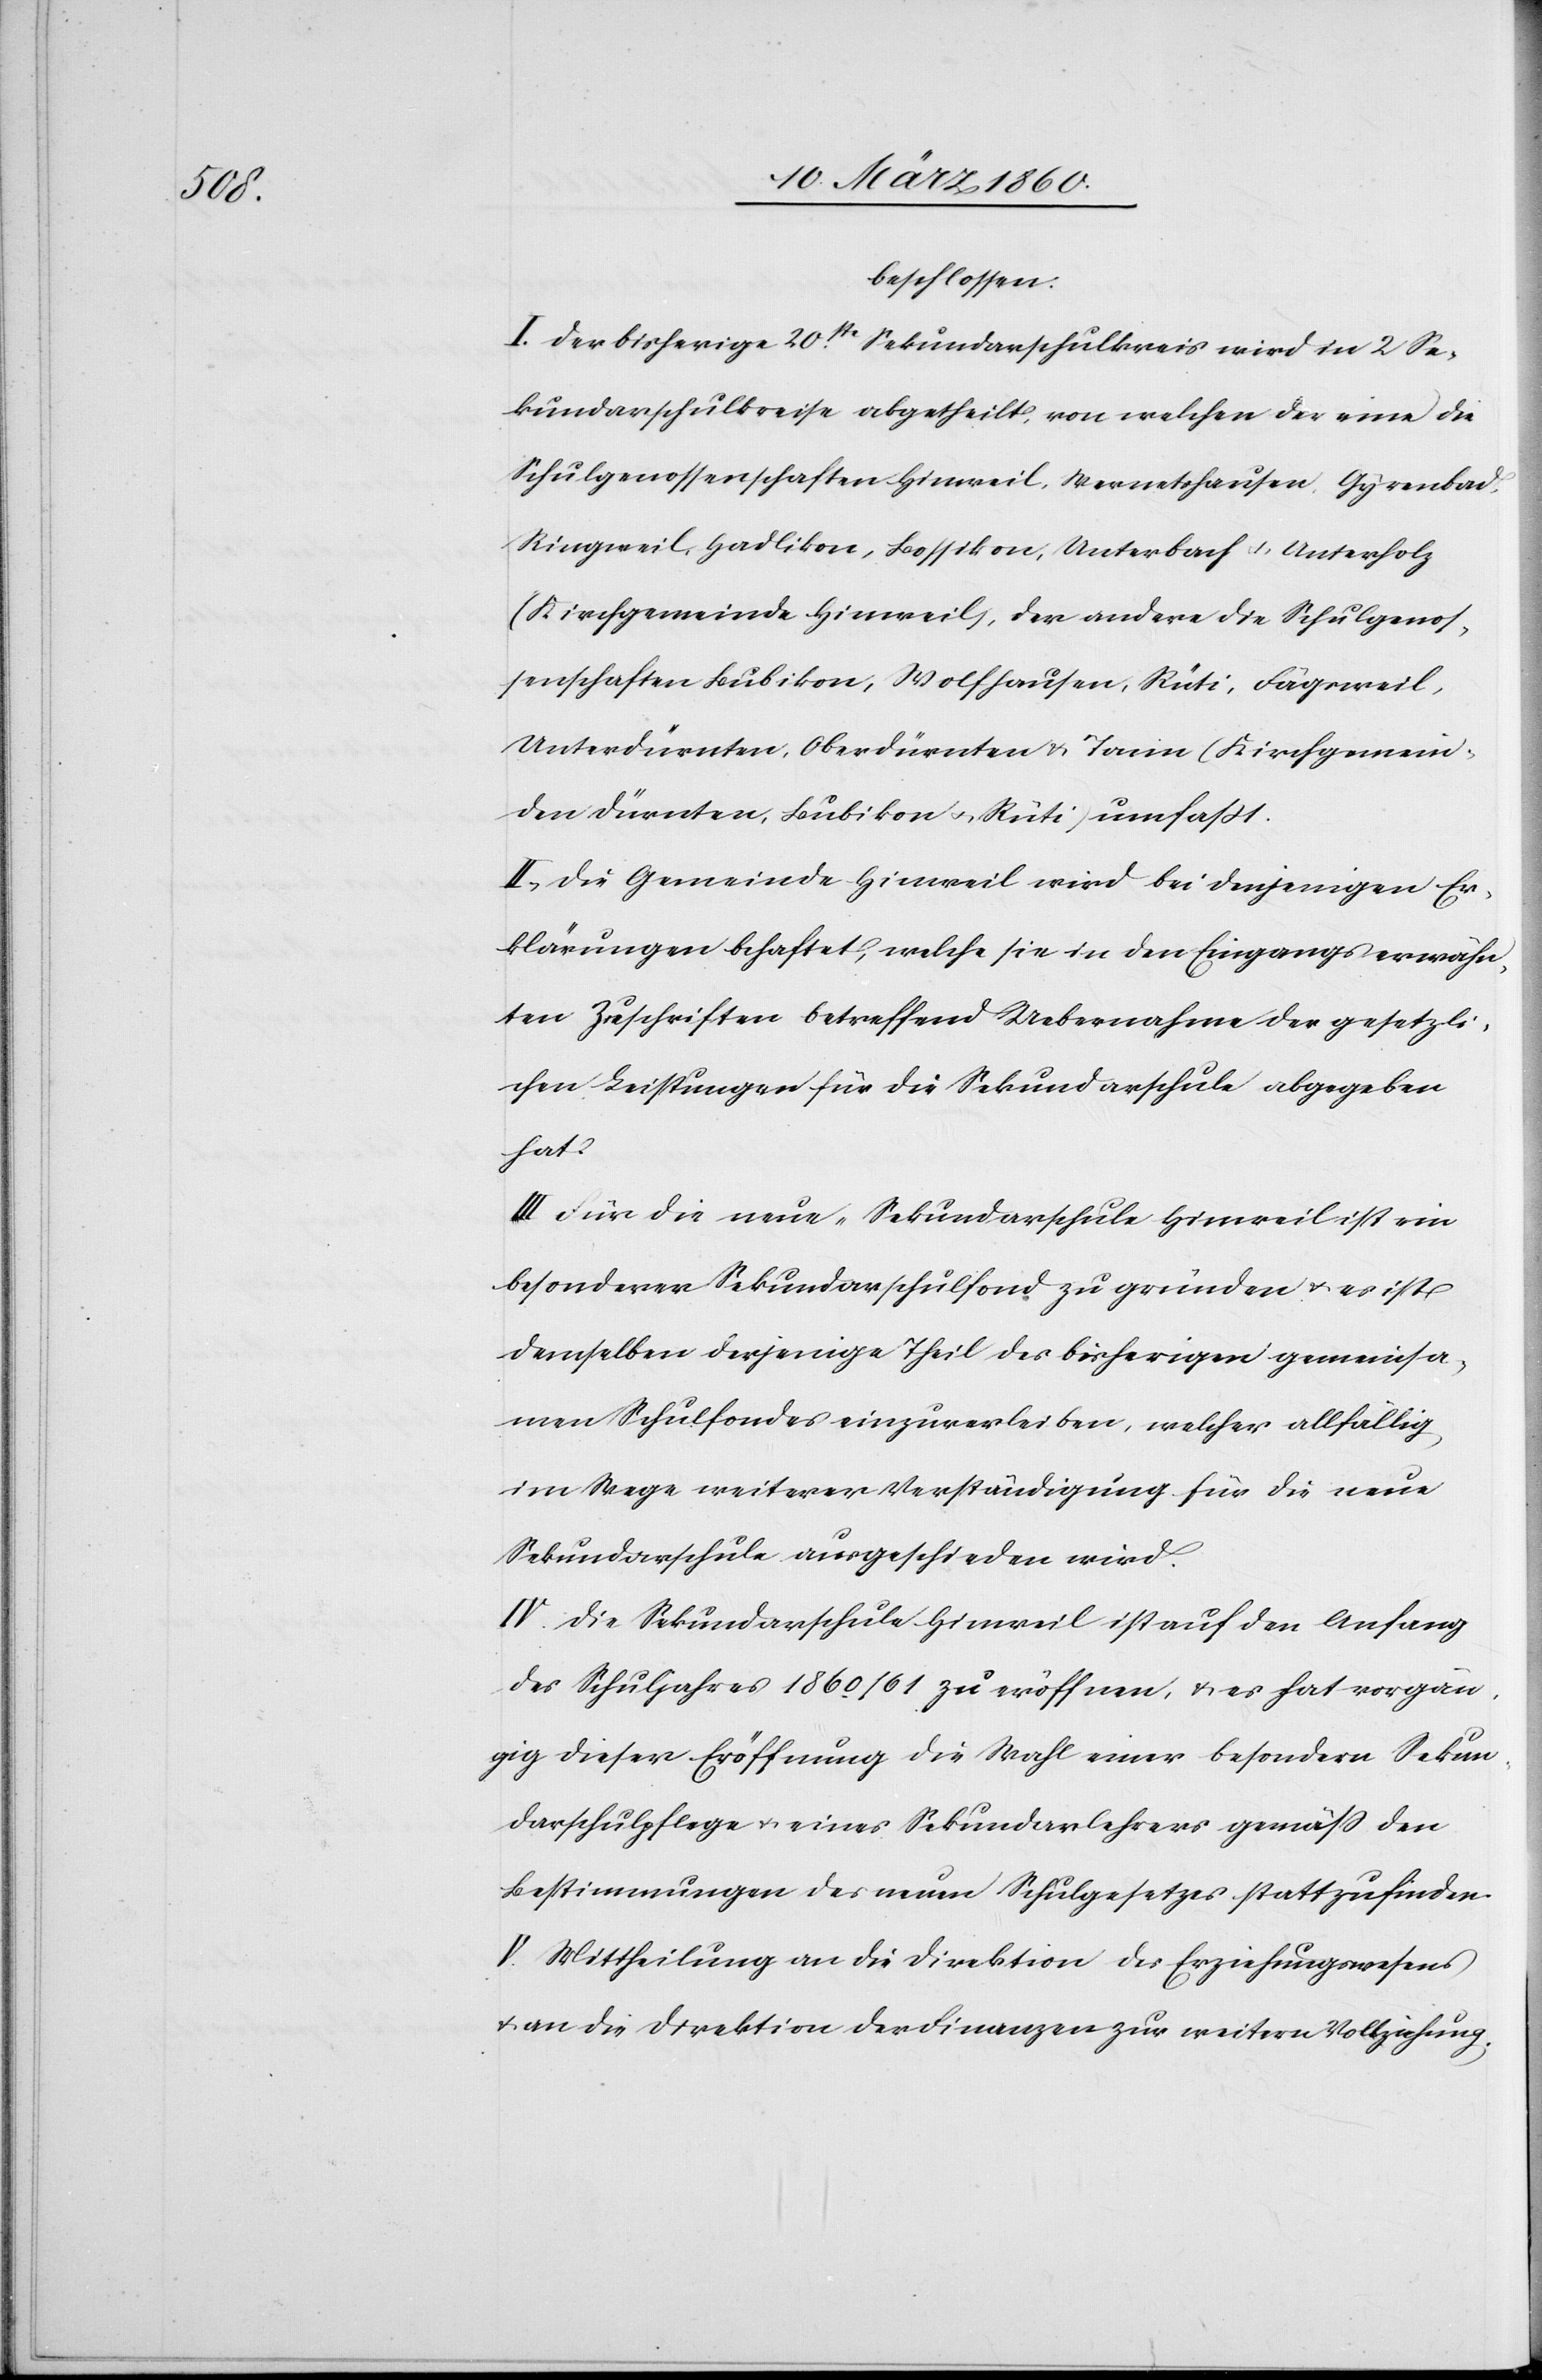
V.

beschlossen:
I. Der bisherige 20ste Sekundarschulkreis wird in 2 Se¬
kundarschulkreise abgetheilt, von welchen der eine die
Schulgenossenschaften Hinweil, Wermetshausen, Gyrenbad,
Ringweil, Hadlikon, Bossikon, Unterbach u. Unterholz
[Kirchgemeinde Hinweil], der andere die Schulgenos¬
senschaften Bubikon, Wolfhausen, Rüti, Fägsweil,
Unterdürnten, Oberdürnten u. Tann [Kirchgemein¬
de Dürnten, Bubikon u. Rüti] umfasst.
II. Die Gemeinde Hinweil wird bei denjenigen Er¬
klärungen behaftet, welche sie in den Eingangs erwähn¬
ten Zuschriften betreffend Uebernahme der gesetzli¬
chen Leistungen für die Sekundarschule abgegeben
hat.
III. Für die neue Sekundarschule Hinweil ist ein
besonderer Sekundarschulfond zu gründen u. es ist
demselben derjenige Theil des bisherigen gemeinsa¬
men Schulfondes einzuverleiben, welcher allfällig
im Wege weiterer Verständigung für die neue
Sekundarschule ausgeschieden wird.
IV. Die Sekundarschule Hinweil ist auf den Anfang
des Schuljahres 1860/61 zu eröffnen, u. es hat vorgän¬
gig dieser Eröffnung die Wahl einer besondern Sekun¬
darschulpflege u. eines Sekundarlehrers gemäss den
Bestimmungen des neuen Schulgesetzes stattzufinden.
an die Direktion der Finanzen zur weitern Vollziehung.